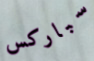
سباركس